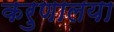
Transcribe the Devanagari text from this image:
करुणालया